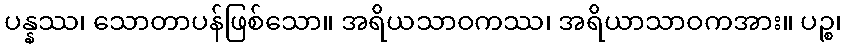
ပန္နဿ၊ သောတာပန်ဖြစ်သော။ အရိယသာဝကဿ၊ အရိယာသာဝကအား။ ပဉ္စ၊